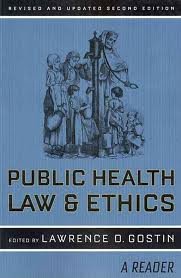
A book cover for Public Health Law and Ethics: A Reader, Revised and Updated (California/Milbank Books on Health and the Public)2nd (second) edition; Lawrence O. Gostin; Law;